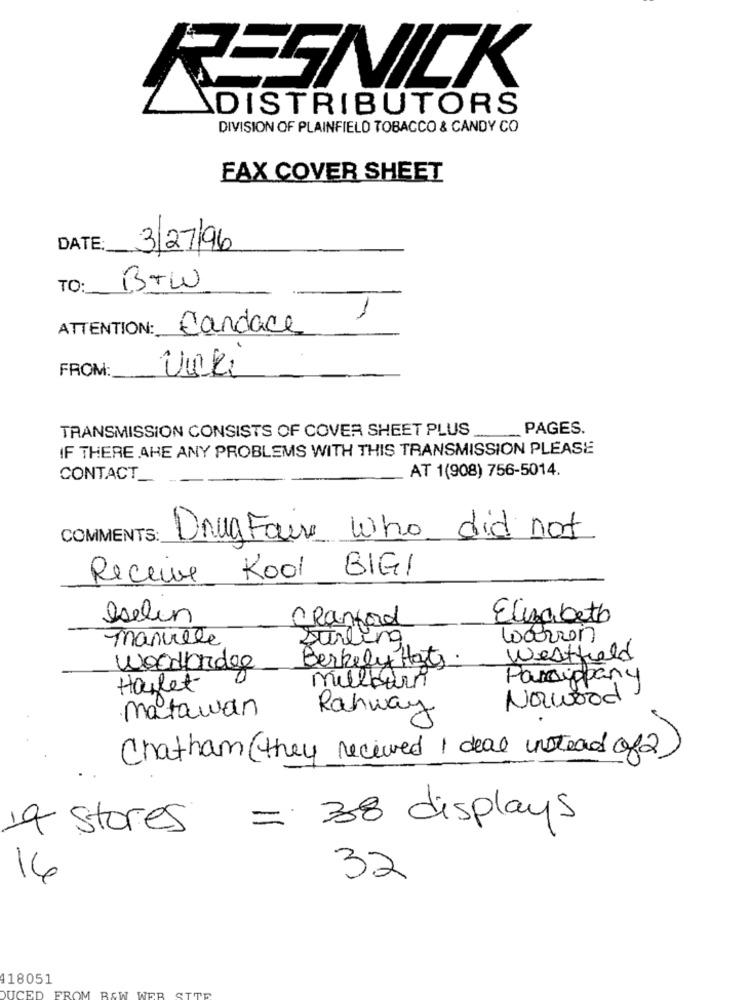
RESNICK
DISTRIBUTORS
DIVISION OF PLAINFIELD TOBACCO & CANDY CO
FAX COVER SHEET
DATE:
3/27/96
TO:
BTW
ATTENTION: Candace
FROM:
Unki
TRANSMISSION CONSISTS OF COVER SHEET PLUS
PAGES.
IF THERE ARE ANY PROBLEMS WITH THIS TRANSMISSION PLEASE
AT 1(908) 756-5014.
CONTACT_
COMMENTS:
Drug Fair who did not
Receive
Kool BIG!
Iselin
Cranford
Elizabeth
manuele
Sterling
warren
Berkely Hat.
Westfield
Woodbridge
Parsippany
Hallet
milliers
Nawood)
matawan
Rahway
Chatham (they received Ideal instead of2)
19 stores = 38 displays
32
16
118051
DUCED
FROM BAW WEB SITE